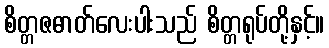
စိတ္တဇဓာတ်လေးပါးသည် စိတ္တရုပ်တို့နှင့်။